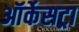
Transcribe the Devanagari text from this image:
ऑर्केसट्रा